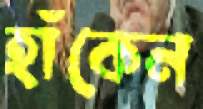
হাঁকেন